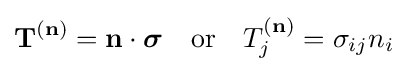
\mathbf {T} ^{(\mathbf {n} )}=\mathbf {n} \cdot {\boldsymbol {\sigma }}\quad {\text{or}}\quad T_{j}^{(\mathbf {n} )}=\sigma _{ij}n_{i}